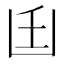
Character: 𠚂